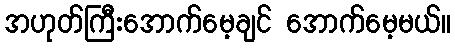
အဟုတ်ကြီးအောက်မေ့ချင် အောက်မေ့မယ်။